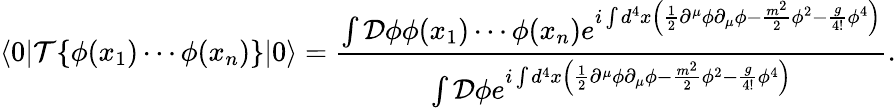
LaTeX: \langle 0|{\mathcal{T}}\{ \phi(x_{1})\cdots\phi(x_{n})\} |0\rangle={\frac{\int{\mathcal{D}}\phi\phi(x_{1})\cdots\phi(x_{n})e^{i\int d^{4}x\left({\frac{1}{2}}\partial^{\mu}\phi\partial_{\mu}\phi-{\frac{m^{2}}{2}}\phi^{2}-{\frac{g}{4!}}\phi^{4}\right)}}{\int{\mathcal{D}}\phi e^{i\int d^{4}x\left({\frac{1}{2}}\partial^{\mu}\phi\partial_{\mu}\phi-{\frac{m^{2}}{2}}\phi^{2}-{\frac{g}{4!}}\phi^{4}\right)}}}.